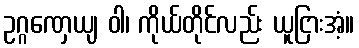
ဥဂ္ဂဏှေယျ ဝါ၊ ကိုယ်တိုင်လည်း ယူငြားအံ့။